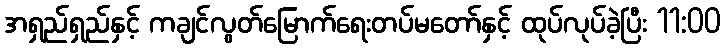
အရှည်ရှည်နှင့် ကချင်လွတ်မြောက်ရေးတပ်မတော်နှင့် ထုပ်လုပ်ခဲ့ပြီး 11:00